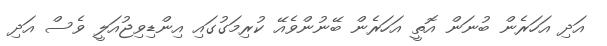
އަދި އަހަރެން ބުނަން އޮތީ އަހަރެން ބޭނުންވެއޭ ކުރިމަގުގައި އިންޑިވިޖުއަލީ ވެސް އަދި